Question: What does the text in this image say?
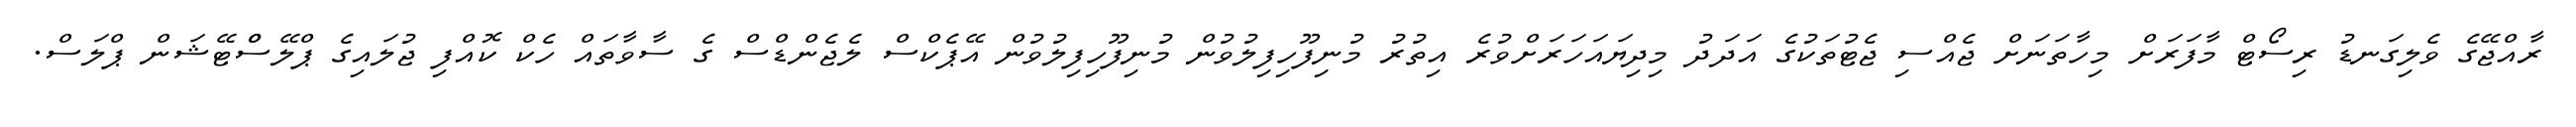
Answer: ރާއްޖޭގެ ވެލިގަނޑު ރިސޯޓް މާފަރަށް މިހާތަނަށް ޖެއްސި ޖެޓުތަކުގެ އަދަދު މިދިޔައަހަރަށްވުރެ އިތުރު މުނިފޫހިފިލުވުން މުނިފޫހިފިލުވުން އޭޕެކްސް ލެޖެންޑްސް ގެ ސާވާތައް ހެކް ކޮއްފި ޖުލައިގެ ޕްލޭސްްޓޭޝަން ޕްލަސް.